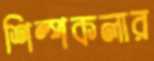
শিল্পকলার